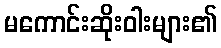
မကောင်းဆိုးဝါးများ၏